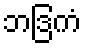
ဘဒြကံ